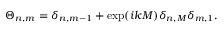
\Theta _ { n , m } = \delta _ { n , m - 1 } + \exp ( i k M ) \delta _ { n , M } \delta _ { m , 1 } .